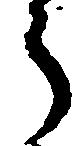
う